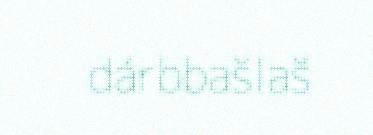
dárbbašlaš